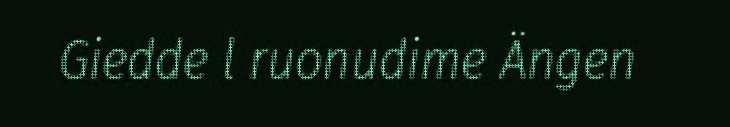
Giedde l ruonudime Ängen